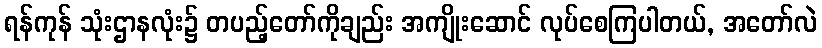
ရန်ကုန် သုံးဌာနလုံး၌ တပည့်တော်ကိုချည်း အကျိုးဆောင် လုပ်စေကြပါတယ်, အတော်လဲ